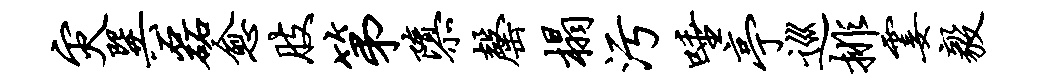
灾巽磊愈肢第隳罄榻污唾亭巡排霎毅